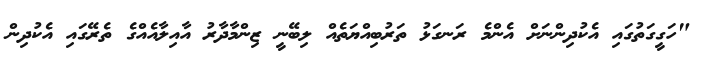
"ހަގީގަތުގައި އެކުދިންނަށް އެންމެ ރަނގަޅު ތަރުބިއްޔަތެއް ލިބޭނީ ޒިންމާދާރު އާއިލާއެއްގެ ތެރޭގައި އެކުދިން